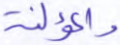
والمؤلفة